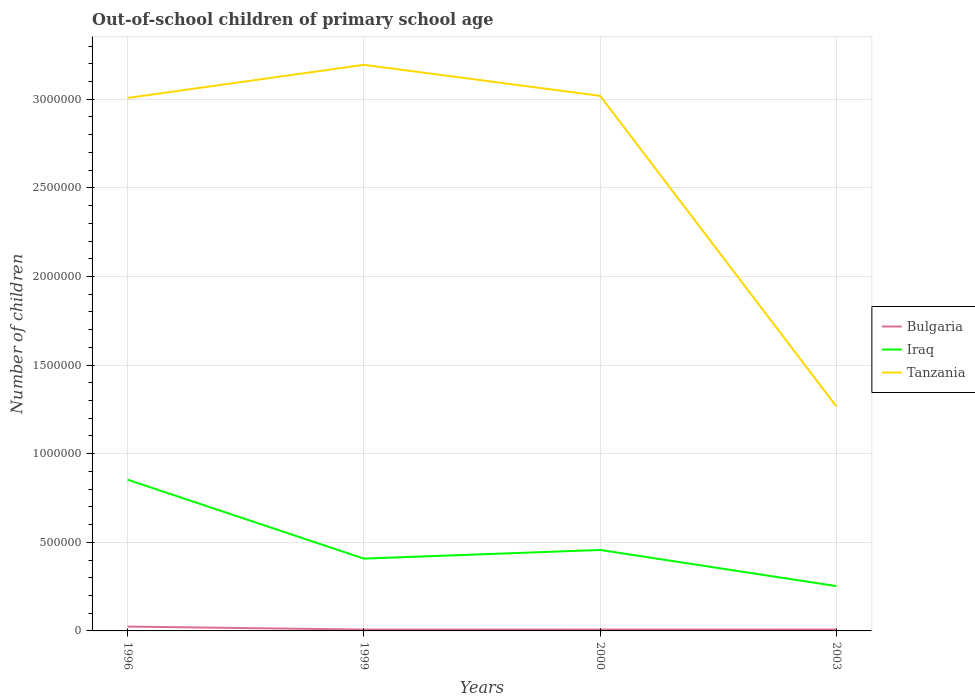
| Years | Bulgaria | Iraq | Tanzania |
 | --- | --- | --- | --- |
 | 1996 | 2.45e+04 | 8.53e+05 | 3.01e+06 |
 | 1999 | 7.61e+03 | 4.08e+05 | 3.19e+06 |
 | 2000 | 7.89e+03 | 4.57e+05 | 3.02e+06 |
 | 2003 | 8.06e+03 | 2.53e+05 | 1.27e+06 |